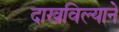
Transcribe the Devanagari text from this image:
दाखविल्याने